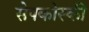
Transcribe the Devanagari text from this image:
सेपकोस्की